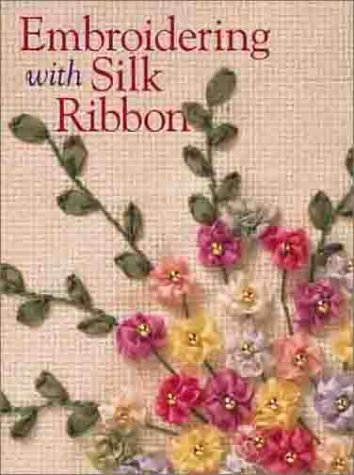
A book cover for Embroidering with Silk Ribbon; Donatella Ciotti; Crafts, Hobbies & Home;